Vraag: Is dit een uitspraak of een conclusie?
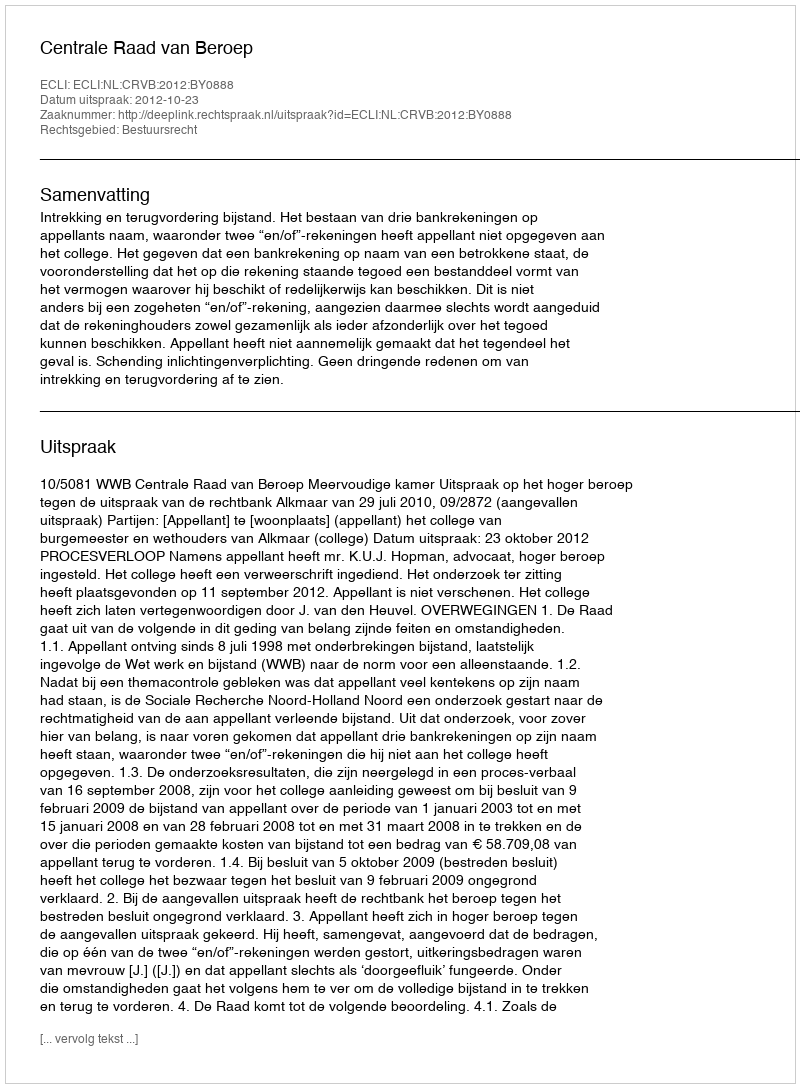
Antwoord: Uitspraak